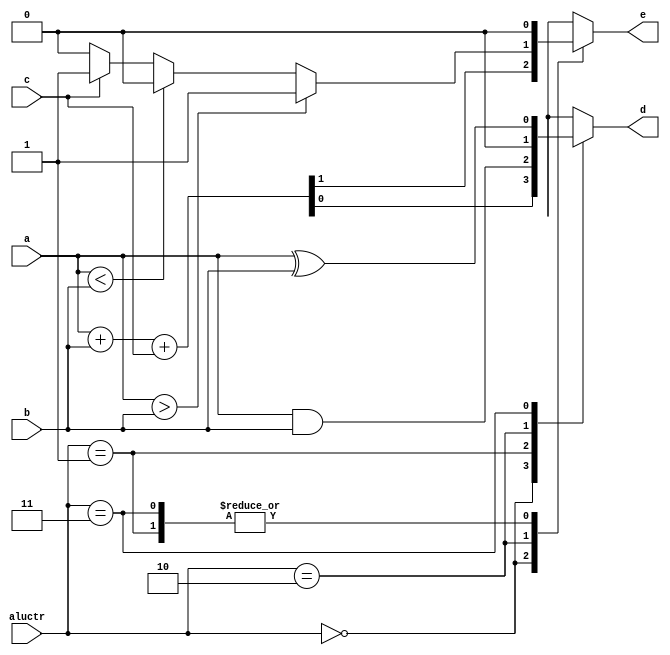
`timescale 1ns/100ps
//////////////////////////////////////////////////////////////////////////////////
// Company: 
// Engineer: 
// 
// Design Name: 
// Module Name: lab1_b1
// Project Name: 
// Target Devices: 
// Tool Versions: 
// Description: 
// 
// Dependencies: 
// 
// Revision:
// Revision 0.01 - File Created
// Additional Comments:
// 
//////////////////////////////////////////////////////////////////////////////////

module lab1_b1 (a, b, c, aluctr, d, e);
    parameter n = 1;
	input [n-1:0] a, b;
	input c;
	input [1:0] aluctr;
	output reg [n-1:0] d;
	output reg e;
	
	wire comp_e;
	assign comp_e = (a>b)? 1 : (a<b)? 0 : (c == 0) ? 0 : 1;
	
    always@(*)begin
        case(aluctr)
			2'b00:begin
				{e, d} = a + b + c;
			end
			2'b01:begin
				d = a&b;
				e = 0;
			end
			2'b10:begin
				d = 0;
				e = comp_e;
			end
			2'b11:begin
				d = a^b;
				e = 0;
			end
        endcase
    end
endmodule